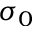
\sigma _ { 0 }